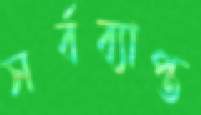
সর্বব্যাপ্ত